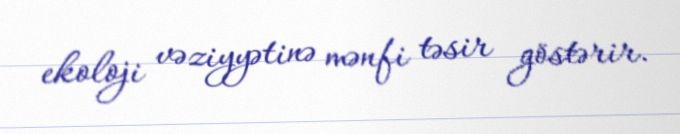
ekoloji vəziyyətinə mənfi təsir göstərir.